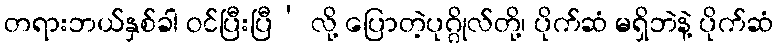
တရားဘယ်နှစ်ခါ ဝင်ပြီးပြီ’ လို့ ပြောတဲ့ပုဂ္ဂိုလ်တို့၊ ပိုက်ဆံ မရှိဘဲနဲ့ ပိုက်ဆံ